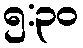
၅:၃၀